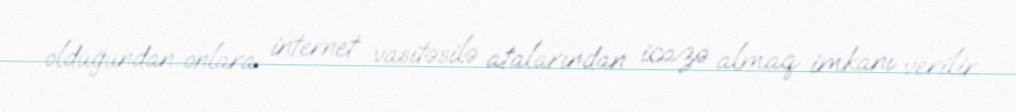
olduğundan onlara internet vasitəsilə atalarından icazə almaq imkanı verilir.